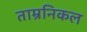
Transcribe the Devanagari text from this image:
ताम्रनिकल